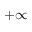
+ \infty